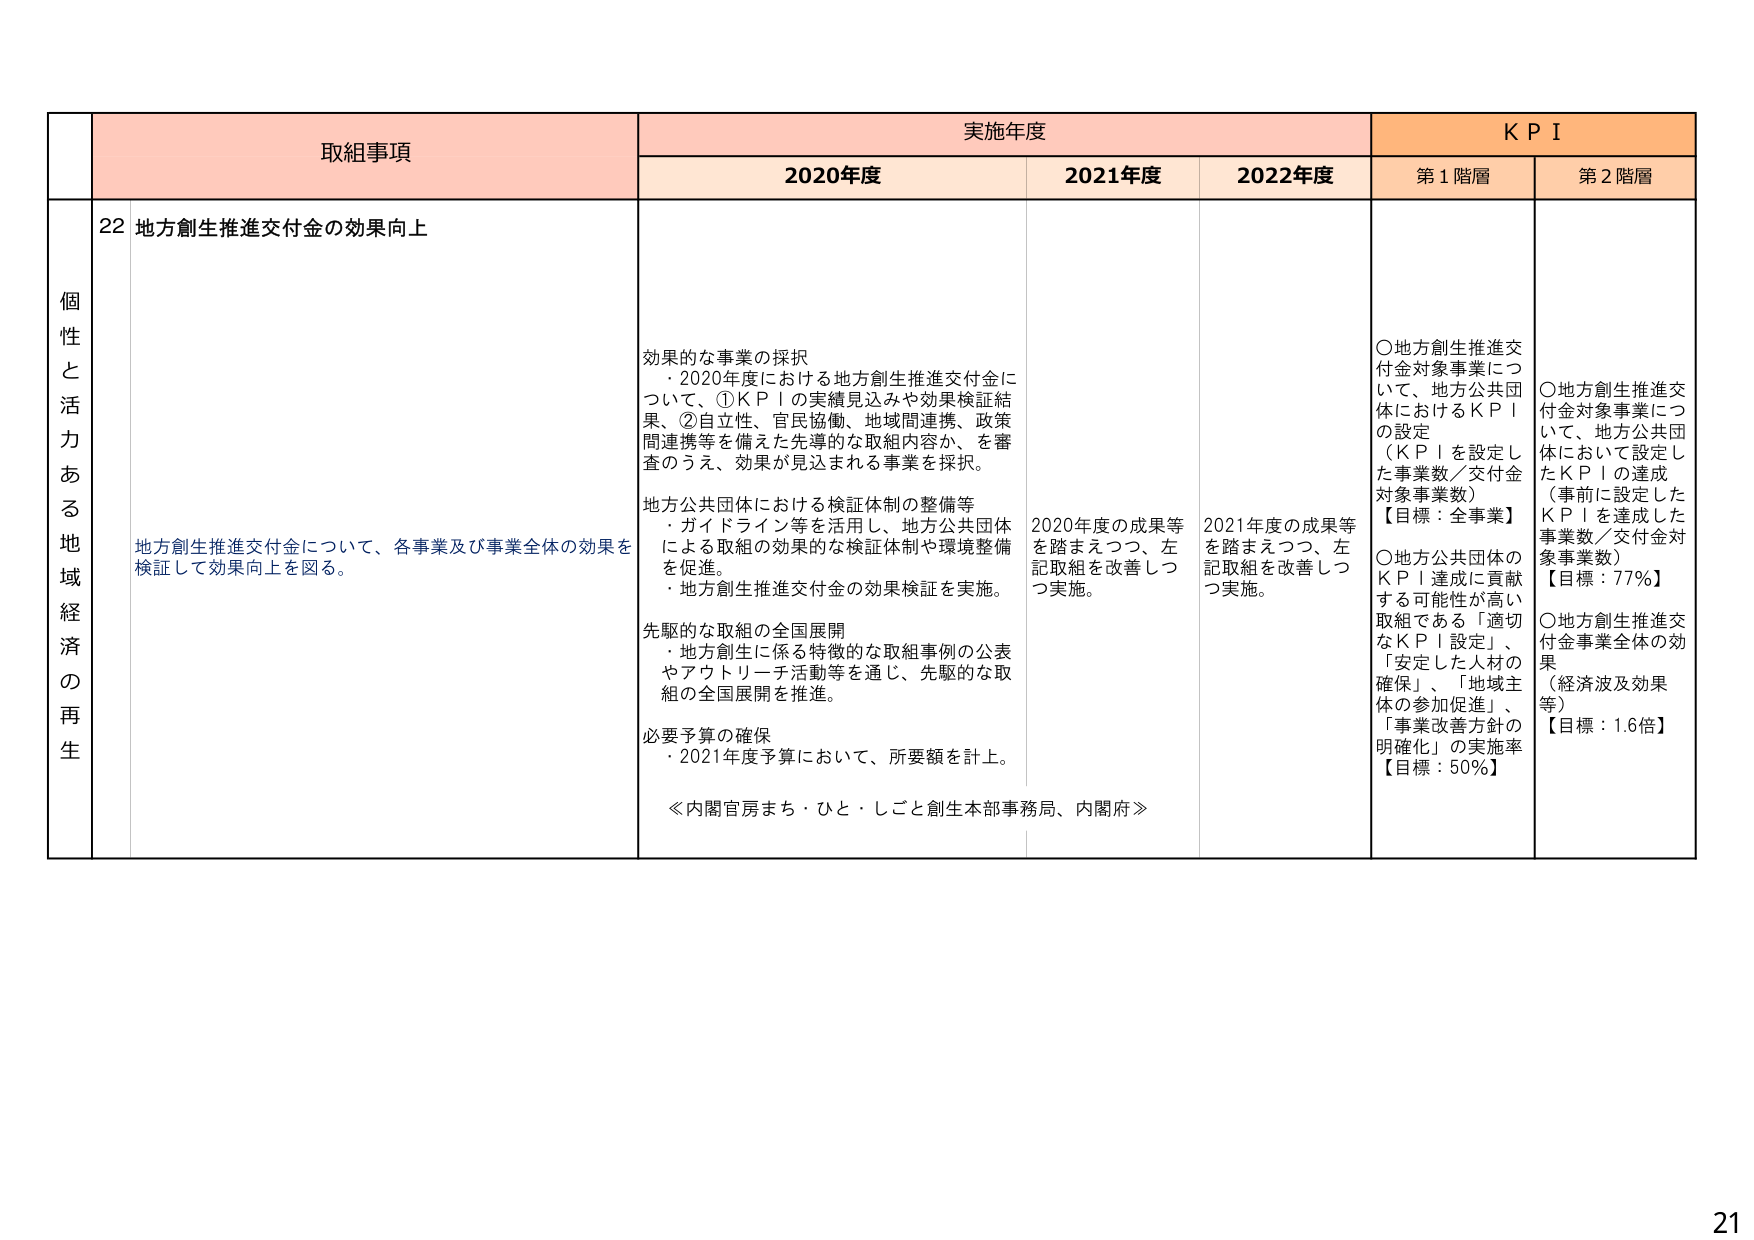
個性と活力ある地域経済の再生

取組事項
22 地方創生推進交付金の効果向上
地方創生推進交付金について、各事業及び事業全体の効果を検証して効果向上を図る。

実施年度
2020年度
効果的な事業の採択
・2020年度における地方創生推進交付金について、①KPIの実績見込みや効果検証結果、②自立性、官民協働、地域間連携、政策間連携等を備えた先導的な取組内容か、を審査のうえ、効果が見込まれる事業を採択。
地方公共団体における検証体制の整備等
・ガイドライン等を活用し、地方公共団体による取組の効果的な検証体制や環境整備を促進。
・地方創生推進交付金の効果検証を実施。
先駆的な取組の全国展開
・地方創生に係る特徴的な取組事例の公表やアウトリーチ活動等を通じ、先駆的な取組の全国展開を推進。
必要予算の確保
・2021年度予算において、所要額を計上。
≪内閣官房まち・ひと・しごと創生本部事務局、内閣府≫

2021年度
2020年度の成果等を踏まえつつ、左記取組を改善しつつ実施。

2022年度
2021年度の成果等を踏まえつつ、左記取組を改善しつつ実施。

KPI
第1階層
〇地方創生推進交付金対象事業について、地方公共団体におけるKPIの設定（KPIを設定した事業数／交付金対象事業数）【目標：全事業】
〇地方公共団体のKPI達成に貢献する可能性が高い取組である「適切なKPI設定」、「安定した人材の確保」、「地域主体の参加促進」、「事業改善方針の明確化」の実施率【目標：50％】

第2階層
〇地方創生推進交付金対象事業について、地方公共団体において設定したKPIの達成（事前に設定したKPIを達成した事業数／交付金対象事業数）【目標：77％】
〇地方創生推進交付金事業全体の効果（経済波及効果等）【目標：1.6倍】

21